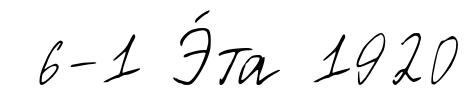
6-1 Э́та 1920